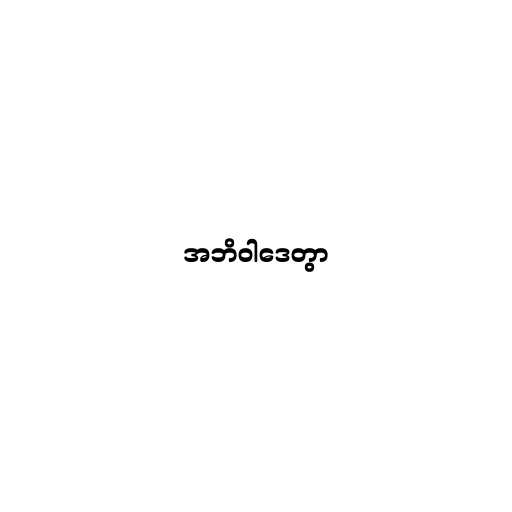
အဘိဝါဒေတွာ